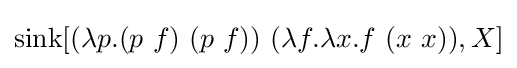
\operatorname {sink} [(\lambda p.(p\ f)\ (p\ f))\ (\lambda f.\lambda x.f\ (x\ x)),X]